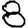
Digit: 8